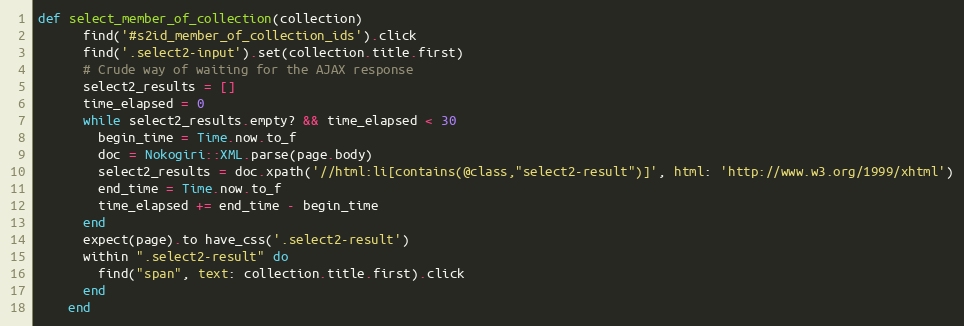
Language: Ruby
def select_member_of_collection(collection)
      find('#s2id_member_of_collection_ids').click
      find('.select2-input').set(collection.title.first)
      # Crude way of waiting for the AJAX response
      select2_results = []
      time_elapsed = 0
      while select2_results.empty? && time_elapsed < 30
        begin_time = Time.now.to_f
        doc = Nokogiri::XML.parse(page.body)
        select2_results = doc.xpath('//html:li[contains(@class,"select2-result")]', html: 'http://www.w3.org/1999/xhtml')
        end_time = Time.now.to_f
        time_elapsed += end_time - begin_time
      end
      expect(page).to have_css('.select2-result')
      within ".select2-result" do
        find("span", text: collection.title.first).click
      end
    end